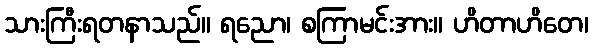
သားကြီးရတနာသည်။ ရညော၊ စကြာမင်းအား။ ဟိတာဟိတေ၊